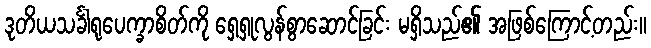
ဒုတိယသင်္ခါရုပေက္ခာစိတ်ကို ရှေ့ရှုလွန်စွာဆောင်ခြင်း မရှိသည်၏ အဖြစ်ကြောင့်တည်း။